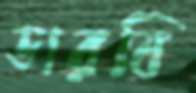
ডারবি